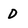
Character: D